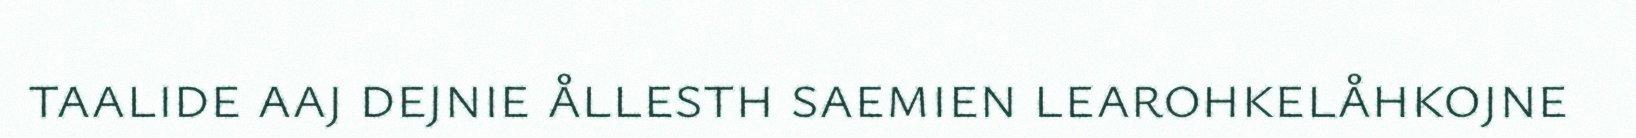
taalide aaj dejnie ållesth saemien learohkelåhkojne